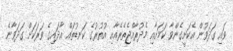
ވައި ގަދަވުން އެކަށީގެންވާ ކަމަށާއި މެދުރާއްޖެތެރެއާއި އުތުރުގެ ކަނޑުތައް އާދައިގެ ވަރަކަށް ގަދަވާނެ